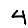
Digit: 4